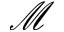
\mathscr { M }